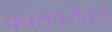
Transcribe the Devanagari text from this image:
पंधरापर्यंतचे